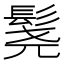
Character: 𬴨